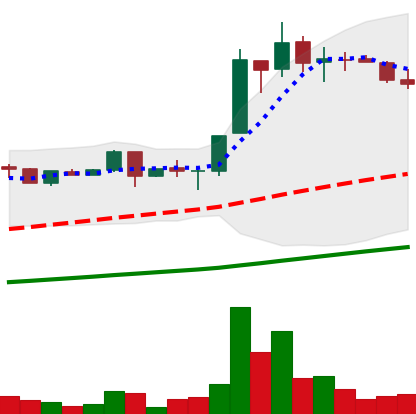
Ticker: LTC-USD
Chart end date: 2017-06-25
Forward return: -8.128%
Label: down_7plus